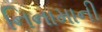
નિનામાની